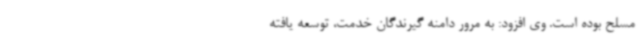
مسلح بوده است. وی افزود: به مرور دامنه گیرندگان خدمت، توسعه یافته